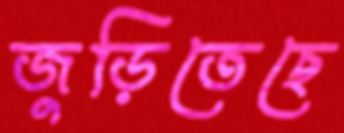
জুড়িতেছে